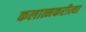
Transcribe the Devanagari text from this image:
कलात्मकरीत्या